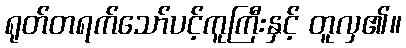
ရုတ်တရက်သော်ပင့်ကူကြီးနှင့် တူလှ၏။